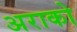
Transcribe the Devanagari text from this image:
अराको